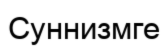
Суннизмге